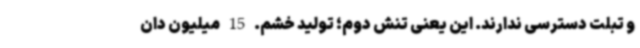
و تبلت دسترسی ندارند. این یعنی تنش دوم؛ تولید خشم. 15‌ میلیون دان